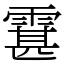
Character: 䨢